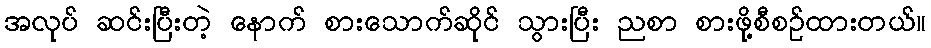
အလုပ် ဆင်းပြီးတဲ့ နောက် စားသောက်ဆိုင် သွားပြီး ညစာ စားဖို့စီစဉ်ထားတယ်။